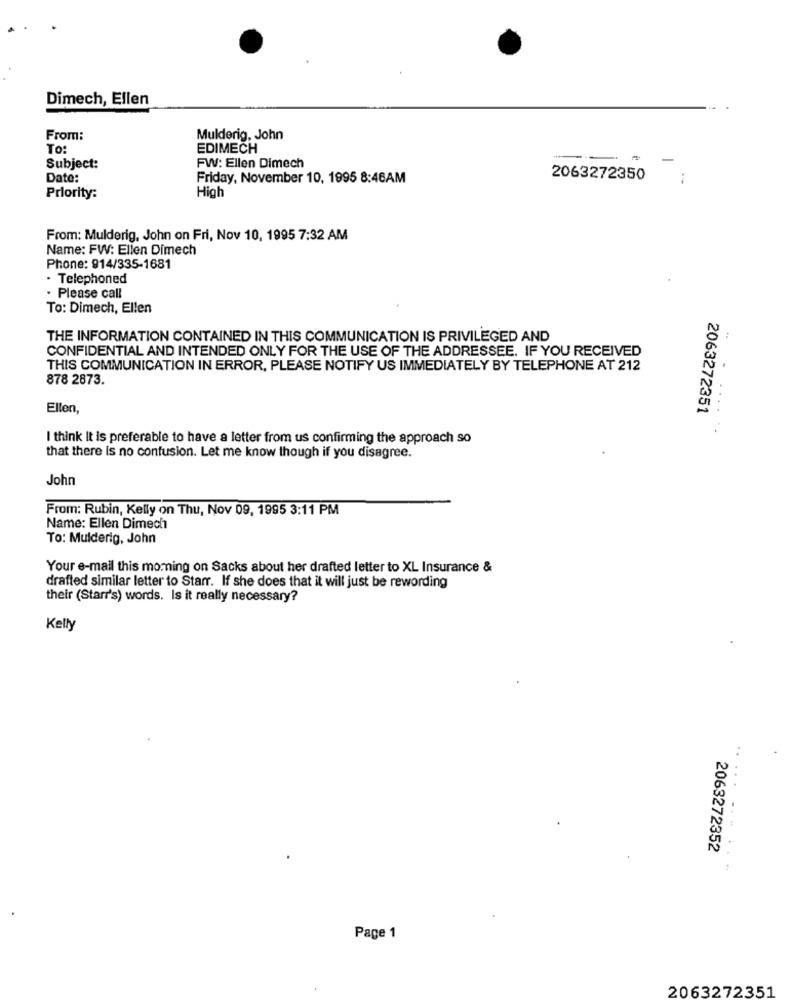
Dimech, Ellen
From:
Mulderig, John
To:
EDIMECH
-
Subject:
FW: Ellen Dimech
Date:
Friday, November 10, 1995 8:46AM
2063272350
High
Priority:
From: Mulderig, John on Fri, Nov 10, 1995 7:32 AM
Name: FW: Ellen Dimech
Phone: 914/335-1681
· Telephoned
· Please call
To: Dimech, Ellen
THE INFORMATION CONTAINED IN THIS COMMUNICATION IS PRIVILEGED AND
CONFIDENTIAL AND INTENDED ONLY FOR THE USE OF THE ADDRESSEE. IF YOU RECEIVED
THIS COMMUNICATION IN ERROR, PLEASE NOTIFY US IMMEDIATELY BY TELEPHONE AT 212
878 2873.
Ellon
2063272351
....
I think It is preferable to have a letter from us confirming the approach so
that there is no confusion. Let me know though if you disagree.
John
From: Rubin, Kelly on Thu, Nov 09, 1995 3:11 PM
Name: Ellen Dimech
To: Mulderig, John
Your e-mail this moming on Sacks about her drafted letter to XL Insurance &
drafted similar letter to Starr. If she does that it will just be rewording
their (Starr's) words. Is it really necessary?
Kelly
..
2063272352
Page 1
2063272351